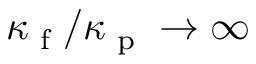
\kappa _ { \textrm { f } } / \kappa _ { \textrm { p } } \rightarrow \infty